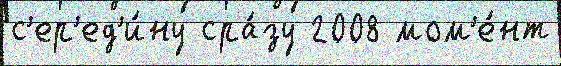
с'ер'ед'и́ну сра́зу 2008 мом'е́нт